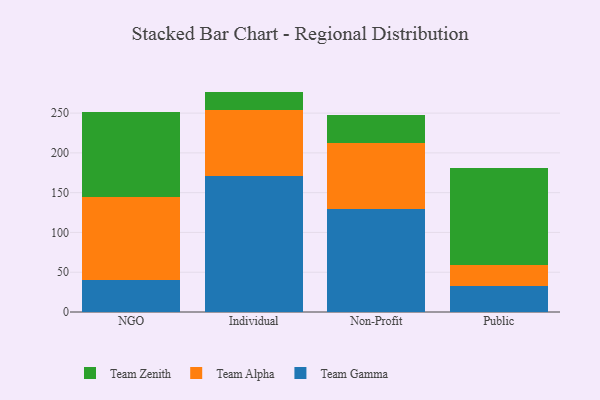
{"axis": {"x": "Segment", "y": "Waste Production (Tons)"}, "legend": ["Team Alpha", "Team Gamma", "Team Zenith"], "data": [{"x": "NGO", "y": 40.5, "type": "Team Gamma"}, {"x": "NGO", "y": 103.6, "type": "Team Alpha"}, {"x": "NGO", "y": 107.1, "type": "Team Zenith"}, {"x": "Individual", "y": 170.6, "type": "Team Gamma"}, {"x": "Individual", "y": 83.7, "type": "Team Alpha"}, {"x": "Individual", "y": 22.7, "type": "Team Zenith"}, {"x": "Non-Profit", "y": 129.2, "type": "Team Gamma"}, {"x": "Non-Profit", "y": 83.6, "type": "Team Alpha"}, {"x": "Non-Profit", "y": 34.5, "type": "Team Zenith"}, {"x": "Public", "y": 32.7, "type": "Team Gamma"}, {"x": "Public", "y": 26.6, "type": "Team Alpha"}, {"x": "Public", "y": 121.2, "type": "Team Zenith"}]}